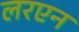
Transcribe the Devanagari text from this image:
लरएन